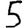
Digit: 5